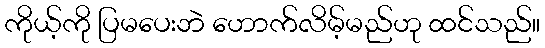
ကိုယ့်ကို ပြမပေးဘဲ ဟောက်လိမ့်မည်ဟု ထင်သည်။